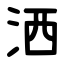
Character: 洒